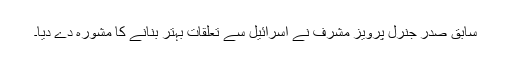
سابق صدر جنرل پرویز مشرف نے اسرائیل سے تعلقات بہتر بنانے کا مشورہ دے دیا۔